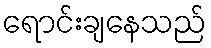
ရောင်းချနေသည်